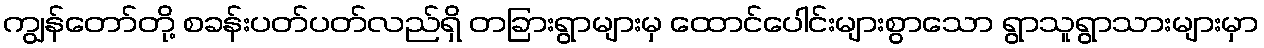
ကျွန်တော်တို့ စခန်းပတ်ပတ်လည်ရှိ တခြားရွာများမှ ထောင်ပေါင်းများစွာသော ရွာသူရွာသားများမှာ